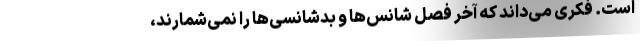
است. فکری می‌داند که آخر فصل شانس‌ها و بدشانسی‌ها را نمی‌شمارند،